Lunatic asylums Bombay report 1891-1903 - 1891-1903
Year: 1891
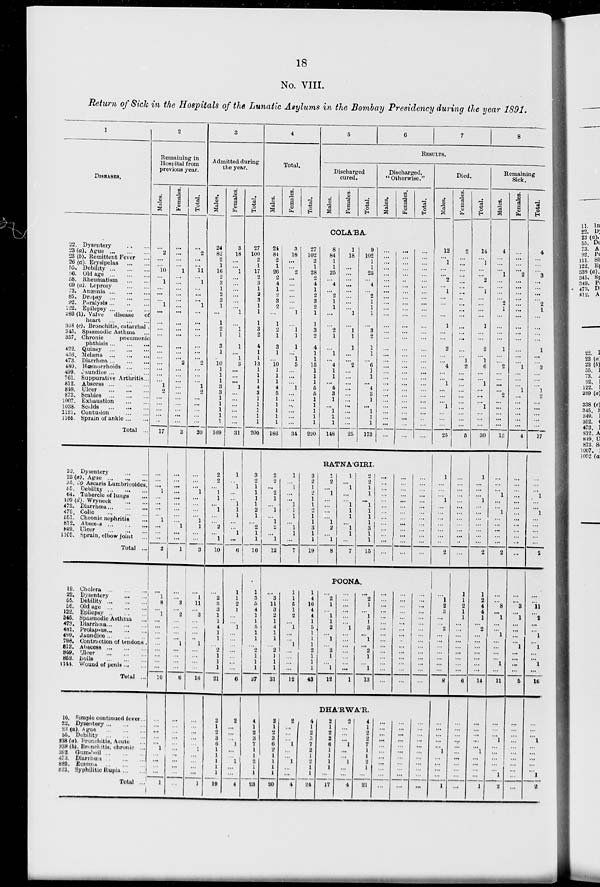
18
No. VIII.
Return of Sick in the Hospitals of the Lunatic Asylums in the Bombay Presidency during the year 1891.
1
DISEASES.
22. Dysentery ... ...
23 (a). Ague ... ... ...
23 (b). Remittent Fever ...
26 (a). Erysipelas
...
...
55. Debility ... ... ...
56. Old age ... ... ...
58. Rheumatism ... ...
69 (a). Leprosy ... ...
73. Anæmia
...
...
...
86. Dropsy ... ... ...
92. Paralysis ... ... ...
122. Epilepsy ... ... ...
283(1). Valve
disease
of
heart ... ... ...
338 (c). Bronchitis, catarrhal.
345. Spasmodic Asthma ...
357. Chronic
pneumonic
phthisis ... ... ...
422. Quinsy ... ... ...
456. Melæna
...
...
...
473. Diarrhœa ... ... ...
480. Hœmorrhoids ... ...
499. Jaundice ... ... ...
761. Suppurative Arthritis ...
812. Abscess ... ... ...
849. Ulcer ... ... ...
873. Scabies ... ... ...
1007. Exhaustion ... ...
1038. Scalds ... ... ...
1121. Contusion
...
...
1165. Sprain of ankle ... ...
Total ...
22. Dysentery ... ...
23 (a). Ague ... ... ...
35. 30 Ascaris Lumbricoides.
55. Debility
...
...
...
64. Tubercle of lungs ...
109 (d). Wryneck
...
...
473. Diarrhœa ... ... ...
475. Colic ... ... ...
551. Chronic nephritis ...
812. Abscess
...
...
...
849. Ulcer ... ... ...
1165. Sprain, elbow joint
...
Total ...
19. Cholera ... ... ...
22. Dysentery ... ...
55. Debility
...
...
...
56. Old age
...
...
...
122. Epilepsy ... ... ...
345. Spasmodic Asthma ...
473. Diarrhœa ... ... ...
481. Prolapsus ... ... ...
499. Jaundice ... ... ...
798. Contraction of tendons .
812. Abscess ... ... ...
849. Ulcer ... ... ...
852. Boils ... ... ...
1144. Wound of penis ... ...
Total ...
16. Simple continued fever ...
22. Dysentery ... ... ...
23 (a) Ague ... ... ...
55. Debility ... ... ...
338 (a). Bronchitis, Acute ...
338 (b). Bronchitis, chronic ...
392. Gum-boil
...
...
...
473. Diarrhœa ... ... ...
820.
Eczema ... ... ...
823. Syphilitic Rupia ... ...
Total ...
2
Remaining in
Hospital from
previous year.
Males.
...
2
...
...
10
...
1
...
...
...
1
...
...
...
...
...
...
...
...
...
...
...
1
2
...
...
...
...
...
17
...
...
...
1
...
...
...
...
1
...
...
...
2
...
1
8
...
1
...
...
...
...
...
...
...
...
...
10
...
...
...
...
...
1
...
...
...
...
1
Females.
...
...
...
...
1
...
...
...
...
...
...
...
...
...
...
...
...
...
2
...
...
...
...
...
...
...
...
...
...
3
...
...
...
...
...
...
...
...
...
1
...
...
1
...
...
3
...
2
...
...
...
...
1
...
...
...
...
6
...
...
...
...
...
...
...
...
...
...
...
Total.
...
2
...
...
11
...
1
...
...
...
1
...
...
...
...
...
...
...
2
...
...
...
1
2
...
...
...
...
...
20
...
...
...
1
...
...
...
...
1
1
...
...
3
...
1
11
...
3
...
...
...
...
1
...
...
...
...
16
...
...
...
...
...
1
...
...
...
...
1
3
Admitted during
the year.
Males.
24
82
2
1
16
2
3
1
2
3
1
...
1
2
1
3
1
...
10
1
1
1
3
3
...
...
...
1
...
169
2
2
...
1
1
...
1
...
...
2
...
1
10
...
2
3
3
1
1
4
1
1
...
2
1
1
1
21
2
1
2
3 6
1
1
1
1
1
19
Females.
3
18
...
...
1
...
...
...
...
...
...
1
...
1
1
1
...
1
3
...
...
...
1
...
...
...
...
...
...
31
1
...
1
...
...
1
1
1
...
...
1
...
6
1
1
2
1
...
...
1
...
...
...
...
...
...
...
6
2
...
...
...
1
...
...
1
...
...
4
Total.
27
100
2
1
17
2
3
1
2
3
1
1
1
3
2
4
1
1
13
1
1
1
4
3
1
1
1
1
1
200
3
2
1
1
1
1
2
1
...
2
1
1
16
1
3
5
4
1
1
5
1
1
...
2
1
1
1
27
4
1
2
3
7
1
1
2
1
1
23
4
Total.
Males.
24
84
2
1
26
2
4
1
2
3
2
...
1
2
1
3
1
...
10
1
1
1
4
5
1
1
1
1
1
186
2
2
...
2
1
...
1
...
1
2
...
1
12
...
3
11
3
2
1
4
1
1
...
2
1
1
1
31
2
1
3
3
6
2
1
1
1
1
20
Females.
3
18
...
...
2
...
...
...
...
...
...
1
...
1
1
1
...
1
5
...
...
...
1
...
...
...
...
...
...
34
1
...
1
...
...
1
1
1
...
1
1
...
7
1
1
5
1
2
...
1
...
...
1
...
...
...
...
12
2
...
...
...
1
...
...
1
...
...
4
Total.
27
102
2
1
28
2
4
1
2
3
2
1
1
3
2
4
1
1
15
1
1
1
5
5
1
1
1
1
1
220
3
2
1
2
1
...
2
...
1
3
1
1
19
1
4
16
4
4
1
5
1
1
1
2
1
1
1
43
4
1
3
3 7
2
1
2
1
1
24
5
6
7
8
RESULTS.
Discharged
cured.
Males.
Females.
Total.
COLÁBA.
8
84
1
1
25
...
4
...
2
1
1
...
...
2
1
...
1
...
4
1
1
...
4
3
1
...
1
1
1
148
1
18
...
...
...
...
...
...
...
...
...
1
...
1
1
1
...
...
2
...
...
...
...
...
...
...
...
...
...
25
9
102
1
1
25
...
4
...
2
1
1
1
...
3
2
1
1
...
6
1
1
...
4
3
1
...
1
1
1
173
RATNAGIRI.
1
2
...
1
...
...
...
...
1
2
...
1
8
1
...
1
...
...
1
1
1
...
1
1
...
7
2
2
1
1
...
1
1
1
1
3
1
1
15
POONA.
...
2
1
...
1
1
2
...
1
...
2
1
...
1
12
...
...
...
...
...
...
1
...
...
...
...
...
...
...
1
...
2
1
...
1
1
3
...
1
...
2
1
...
1
13
DHÁRWÁR.
2
1
2
2
6
1
1
1
1
...
17
2
...
...
...
1
...
...
1
...
...
4
4
1
2
2
7
1
1
2
1
...
21
Discharged,
" Otherwise."
Males.
...
...
...
...
...
...
...
...
...
...
...
...
...
...
...
...
...
...
...
...
...
...
...
...
...
...
...
...
...
...
...
...
...
...
...
...
...
...
...
...
...
...
...
...
...
...
...
...
...
...
...
...
...
...
...
...
...
...
...
...
...
...
...
...
...
...
...
...
...
Females.
...
...
...
...
...
...
...
...
...
...
...
...
...
...
...
...
...
...
...
...
...
...
...
...
...
...
...
...
...
...
...
...
...
...
...
...
...
...
...
...
...
...
...
...
...
...
...
...
...
...
...
...
...
...
...
...
...
...
...
...
...
...
...
...
...
...
...
...
...
Total.
...
...
...
...
...
...
...
...
...
...
...
...
...
...
...
...
...
...
...
...
...
...
...
...
...
...
...
...
...
...
...
...
...
...
...
...
...
...
...
...
...
...
...
...
...
...
...
...
...
...
...
...
...
...
...
...
...
...
...
...
...
...
...
...
...
...
...
...
...
Died.
Males.
12
...
1
...
...
2
...
1
...
...
...
...
1
...
...
2
...
...
4
...
...
1
...
...
...
1
...
...
...
25
1
...
...
...
1
...
...
...
...
...
...
...
2
...
1
2
3
...
...
2
...
...
...
...
...
...
...
8
...
...
...
...
...
1
...
...
...
...
1
Females.
2
...
...
...
...
...
...
...
...
...
...
...
...
...
...
...
...
1
2
...
...
...
...
...
...
...
...
...
...
5
...
...
...
...
...
...
...
...
...
...
...
...
...
1
1
2
1
1
...
...
...
...
...
...
...
...
...
6
...
...
...
...
...
...
...
...
...
...
...
Total.
14
...
1
...
...
2
...
1
...
...
...
...
1
...
...
2
...
1
6
...
...
1
...
...
...
1
...
...
...
30
1
...
...
...
1
...
...
...
...
...
...
...
2
1
2
4
4
1
...
2
...
...
...
...
...
...
...
14
...
...
...
...
...
1
...
...
...
...
1
Remaining
Sick.
Males.
4
...
...
...
1
...
...
...
...
2
1
...
...
...
...
1
...
...
2
...
...
...
...
2
...
...
...
...
...
13
...
...
...
1
...
...
1
...
...
...
...
...
2
...
...
8
...
1
...
...
1
...
...
...
...
1
...
11
...
...
...
1
...
...
...
...
...
1
2
Females.
...
...
...
...
2
...
...
...
...
...
...
...
...
...
...
...
...
...
1
...
...
...
1
...
...
...
...
...
...
4
...
...
...
...
...
...
...
...
...
...
...
...
...
...
...
3
...
1
...
...
...
...
1
...
...
...
...
5
...
...
...
...
...
...
...
...
...
...
...
Total
4
...
...
...
3
...
...
...
...
2
1
...
...
...
1
...
...
3
...
...
...
1
2
...
...
...
...
...
17
...
...
...
1
...
...
1
...
...
...
...
...
2
...
...
11
...
2
...
...
1
...
1
...
...
1
...
16
...
...
...
1
...
...
...
...
...
1
2